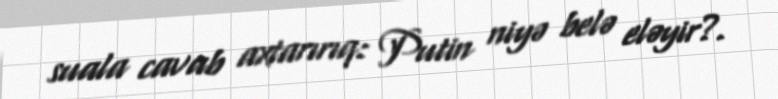
suala cavab axtarırıq: Putin niyə belə eləyir?.